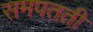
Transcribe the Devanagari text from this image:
समपतती